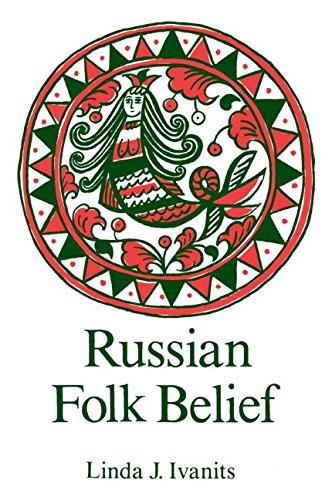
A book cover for Russian Folk Belief; Linda J. Ivanits; Literature & Fiction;